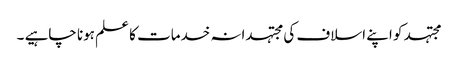
مجتہد کو اپنے اسلاف کی مجتہدانہ خدمات کا علم ہونا چاہیے ۔